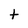
Character: t